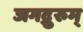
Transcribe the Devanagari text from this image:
जगद्गुरुम्